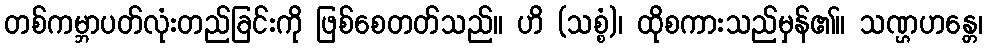
တစ်ကမ္ဘာပတ်လုံးတည်ခြင်းကို ဖြစ်စေတတ်သည်။ ဟိ (သစ္စံ)၊ ထိုစကားသည်မှန်၏။ သဏ္ဌဟန္တေ၊